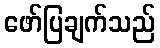
ဖော်ပြချက်သည်